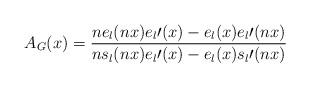
LaTeX: \begin{align*}A_G(x)=\frac{ne_l(nx)e_l\prime(x)-e_l(x)e_l\prime(nx)}{ns_l(nx)e_l\prime(x)-e_l(x)s_l\prime(nx)}\end{align*}